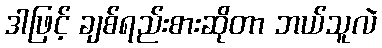
ဒါဖြင့် ချစ်ရည်းစားဆိုတာ ဘယ်သူလဲ